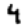
Digit: 4